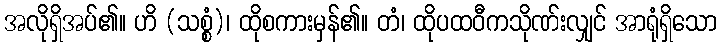
အလိုရှိအပ်၏။ ဟိ (သစ္စံ)၊ ထိုစကားမှန်၏။ တံ၊ ထိုပထဝီကသိုဏ်းလျှင် အာရုံရှိသော